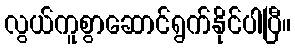
လွယ်ကူစွာဆောင်ရွက်နိုင်ပါပြီ။